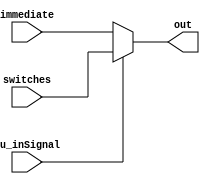
module muxInSignal (immediate, switches, out, cu_inSignal);
  input cu_inSignal;
  input [15:0] immediate;
  input [15:0] switches;

  output reg [15:0] out;

  always @ ( * ) begin
    if(cu_inSignal)
      out = switches;
    else
      out = immediate;
  end
endmodule // muxInSignal